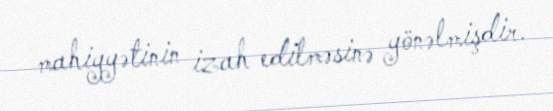
mahiyyətinin izah edilməsinə yönəlmişdir.